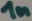
Text: 1n